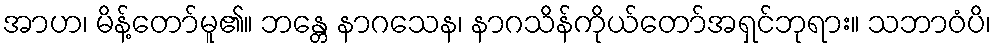
အာဟ၊ မိန့်တော်မူ၏။ ဘန္တေ နာဂသေန၊ နာဂသိန်ကိုယ်တော်အရှင်ဘုရား။ သဘာဝံပိ၊